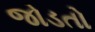
જોડતો